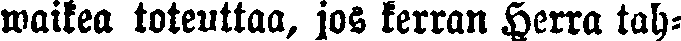
waikea toteuttaa, jos kerran Herra tah-